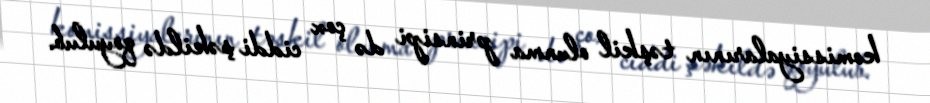
komissiyalarının təşkil olunma prinsipi də çox ciddi şəkildə qoyulub.